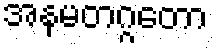
အနမတဂ္ဂတော